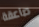
صاعقة